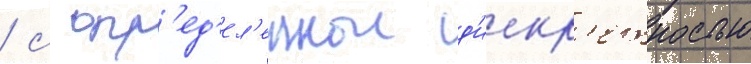
/ с опр'ед'ел'еннои д'искр'етностью